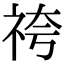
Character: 𮁯